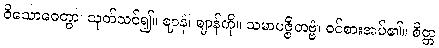
ဝိသောဓေတွာ၊ သုတ်သင်၍။ ဈာနံ၊ ဈာန်ကို။ သမာပဇ္ဇိတဗ္ဗံ၊ ဝင်စားအပ်၏။ စိတ္တ